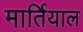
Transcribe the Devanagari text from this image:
मार्तियाल